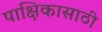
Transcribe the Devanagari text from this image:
पाक्षिकासाठी